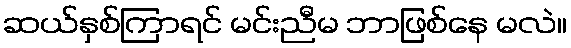
ဆယ်နှစ်ကြာရင် မင်းညီမ ဘာဖြစ်နေ မလဲ။